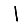
Digit: 1